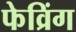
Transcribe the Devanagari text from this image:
फेव्रिंग